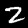
Label: 2